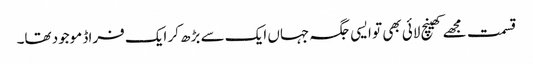
قسمت مجھے کھینچ لائی بھی تو ایسی جگہ جہاں ایک سے بڑھ کر ایک فراڈ موجود تھا۔